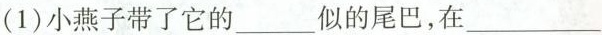
(1)小燕子带了它的___似的尾巴，在___